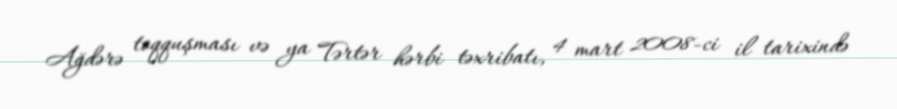
Ağdərə toqquşması və ya Tərtər hərbi təxribatı, 4 mart 2008-ci il tarixində